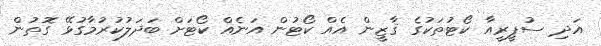
އަދި ސުޕީރީއާ ކޯޓުތަކުގެ ޤާޒީން އެއް ކޯޓުން އަނެއް ކޯޓަށް ބަދަލުކުރުމާގުޅޭ ގޮތުން